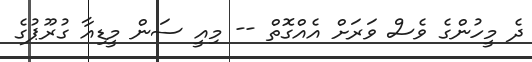
ދެ މީހުންގެ ވެސް ވަރަށް އެއްގޮތް -- މިއީ ސަން މީޑިއާ ގުރޫޕުގެ